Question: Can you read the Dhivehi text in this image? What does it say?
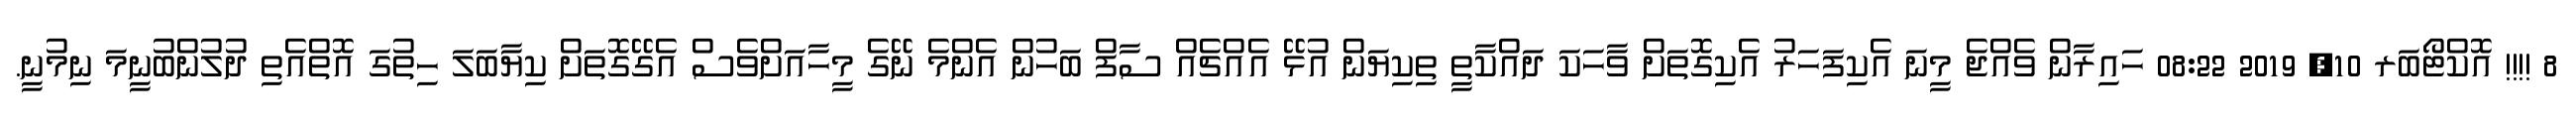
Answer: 8 !!!! އޮކްޓޯބަރ 10, 2019 08:22 ހައިރާން ވެއްޖެ މީނަ އެކިފަހަރު އެކިގޮތަށް ވާހަކަ ދައްކާތީ ތިކިޔަން އުޅޭ އެއްޗެއް ސާފް ބަހުން އެންމެ ނޭގެ މީހާއަށްވެސް އެގޭގޮތަށް ކިޔާބަލަ ހިތުގަ އޮތްއެތި ދުލުންބުނީމަ ނިމުނީ.